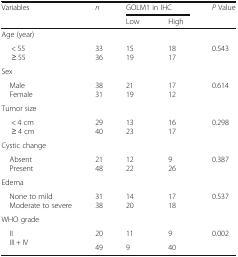
<table><thead><tr><td><b>Variables</b></td><td><b><i>n</i></b></td><td colspan="2"><b>GOLM1 in IHC</b></td><td><b><i>P</i> Value</b></td></tr><tr><td></td><td></td><td><b>Low</b></td><td><b>High</b></td><td></td></tr></thead><tbody><tr><td colspan="5">Age (year)</td></tr><tr><td>&lt; 55≥ 55</td><td>3336</td><td>1519</td><td>1817</td><td>0.543</td></tr><tr><td colspan="5">Sex</td></tr><tr><td> Male Female</td><td>3831</td><td>2119</td><td>1712</td><td>0.614</td></tr><tr><td colspan="5">Tumor size</td></tr><tr><td>&lt; 4 cm≥ 4 cm</td><td>2940</td><td>1323</td><td>1617</td><td>0.298</td></tr><tr><td colspan="5">Cystic change</td></tr><tr><td> Absent Present</td><td>2148</td><td>1222</td><td>926</td><td>0.387</td></tr><tr><td colspan="5">Edema</td></tr><tr><td> None to mild Moderate to severe</td><td>3138</td><td>1420</td><td>1718</td><td>0.537</td></tr><tr><td colspan="5">WHO grade</td></tr><tr><td rowspan="2"> II III + IV</td><td>20</td><td>11</td><td>9</td><td rowspan="2">0.002</td></tr><tr><td>49</td><td>9</td><td>40</td></tr></tbody></table>